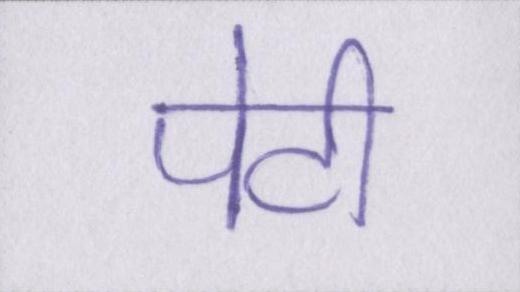
पेटी